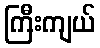
ကြီးကျယ်